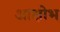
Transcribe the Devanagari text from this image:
आक्षोभ